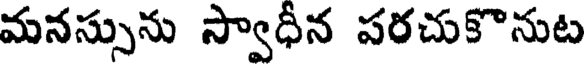
మనస్సును స్వాధీన పరచుకొనుట